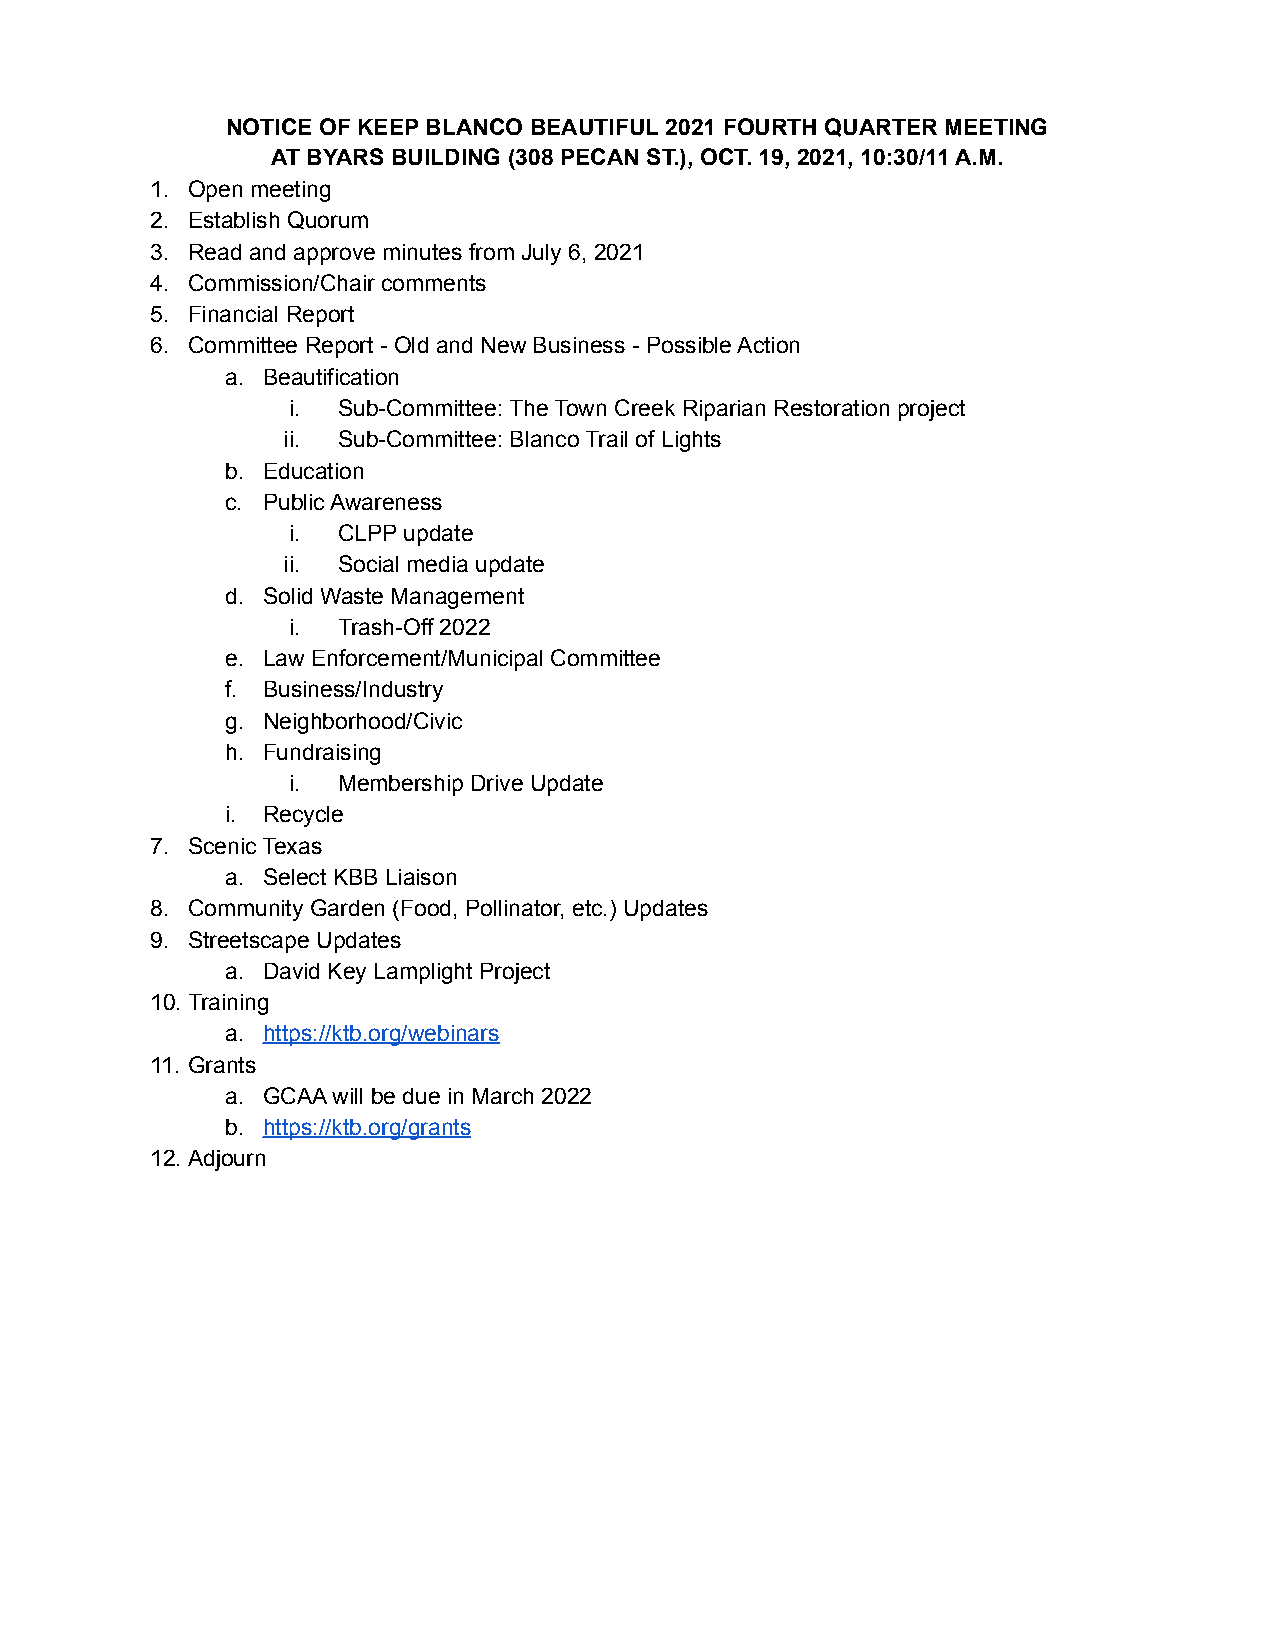
NOTICE OF KEEP BLANCO BEAUTIFUL 2021 FOURTH QUARTER MEETING
 AT BYARS BUILDING (308 PECAN ST.), OCT. 19, 2021, 10:30/11 A.M.
 1. Open meeting
 2. Establish Quorum
 3. Read and approve minutes from July 6, 2021
 4. Commission/Chair comments
 5. Financial Report
 6. Committee Report - Old and New Business - Possible Action
 a. Beautification
 i. Sub-Committee: The Town Creek Riparian Restoration project
 ii. Sub-Committee: Blanco Trail of Lights
 b. Education
 c. Public Awareness
 i. CLPP update
 ii. Social media update
 d. Solid Waste Management
 i. Trash-Off 2022
 e. Law Enforcement/Municipal Committee
 f. Business/Industry
 g. Neighborhood/Civic
 h. Fundraising
 i. Membership Drive Update
 i. Recycle
 7. Scenic Texas
 a. Select KBB Liaison
 8. Community Garden (Food, Pollinator, etc.) Updates
 9. Streetscape Updates
 a. David Key Lamplight Project
 10.Training
 a. https://ktb.org/webinars
 11. Grants
 a. GCAA will be due in March 2022
 b. https://ktb.org/grants
 12.Adjourn